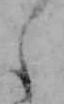
え